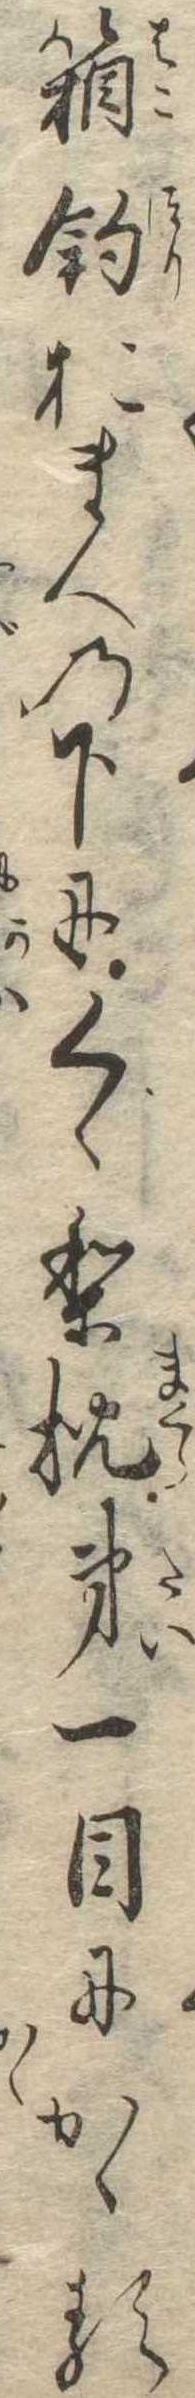
箱釣おまへの下にくゝり枕第一目にかゝる